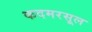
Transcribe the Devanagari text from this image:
कदमरसूल